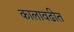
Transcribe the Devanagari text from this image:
कालावढीत